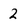
Character: 2